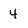
Character: 4